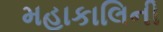
મહાકાલિની